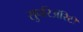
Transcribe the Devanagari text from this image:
सुपरिअॅरिटी